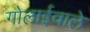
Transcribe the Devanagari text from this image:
गोलाईवाले